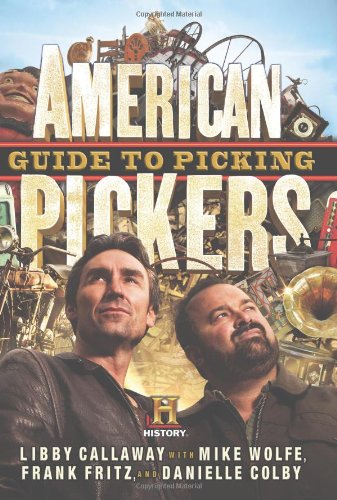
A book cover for American Pickers Guide to Picking; Libby Callaway; Humor & Entertainment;